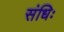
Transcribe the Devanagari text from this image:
संधिः